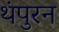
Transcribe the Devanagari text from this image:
थंपुरन